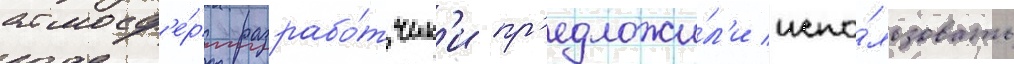
атмосф'е́ры разрабо́тчик'и пр'едложи́л'и испо́льзовать